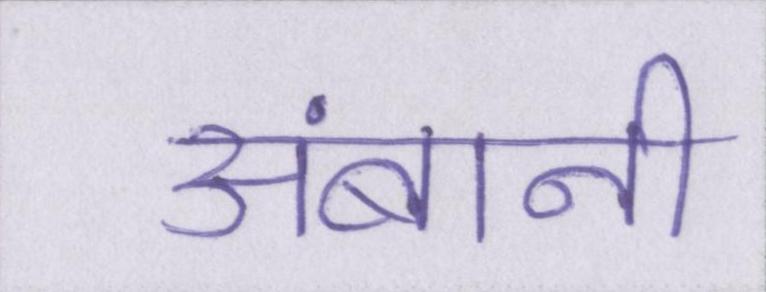
अंबानी